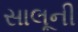
સાલૂની